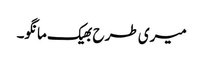
میری طرح بھیک مانگو۔